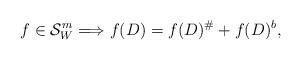
LaTeX: \begin{align*}f\in \mathcal{S}^{m}_W\Longrightarrow f(D)=f(D)^\#+f(D)^b,\end{align*}